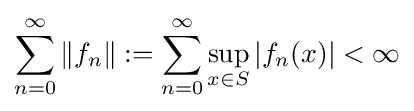
\sum _{n=0}^{\infty }\|f_{n}\|:=\sum _{n=0}^{\infty }\sup _{x\in S}|f_{n}(x)|<\infty